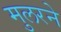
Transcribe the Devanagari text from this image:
मुलरने